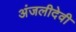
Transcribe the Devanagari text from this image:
अंजलीदेवी